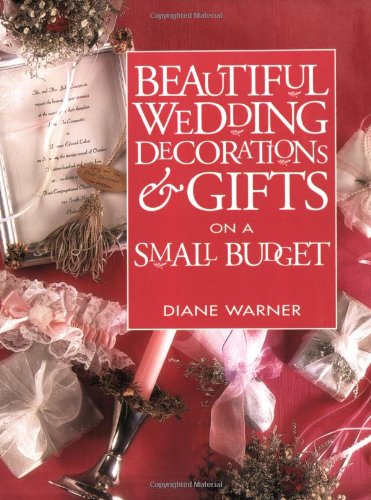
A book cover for Beautiful Wedding Decorations and Gifts on a Small Budget; Diane Warner; Crafts, Hobbies & Home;